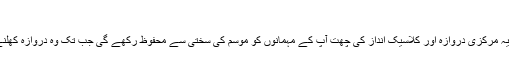
3. ​منفرد انداز
سادہ سے باغ کے ساتھ موجود یہ مرکزی دروازہ اور کلاسیک انداز کی چھت آپ کے مہمانوں کو موسم کی سختی سے محفوظ رکھے گی جب تک وہ دروازہ کھلنے کا انتظار کر رہے ہوں گے۔